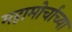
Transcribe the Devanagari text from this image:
महामोर्चाच्या